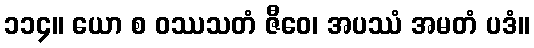
၁၁၄။ ယော စ ဝဿသတံ ဇီဝေ၊ အပဿံ အမတံ ပဒံ။